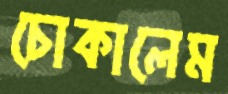
চোকালেম